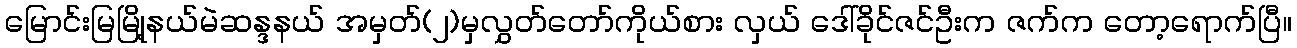
မြောင်းမြမြို့နယ်မဲဆန္ဒနယ် အမှတ်(၂)မှလွှတ်တော်ကိုယ်စား လှယ် ဒေါ်ခိုင်ဇင်ဦးက ဇက်က တော့ရောက်ပြီ။